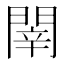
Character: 𨴲